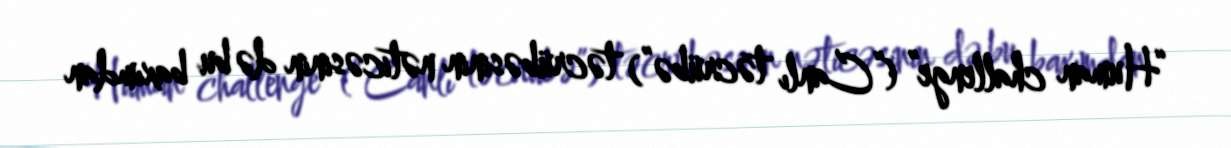
“Human challenge” (“Canlı təcrübə”) təcrübəsinin nəticəsinin də bu baxımdan